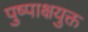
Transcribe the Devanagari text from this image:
पुष्पाक्षयुक्त